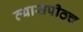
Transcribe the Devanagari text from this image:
व्यासपीठच